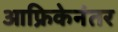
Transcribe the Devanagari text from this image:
आफ्रिकेनंतर